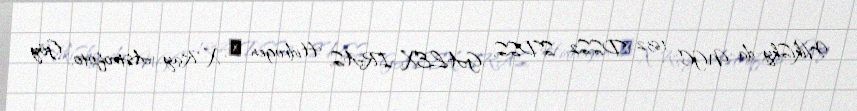
WikiSky-da NGC 1632: DSS2, SDSS, GALEX, IRAS, Hidrogen α, X-Ray, Astrofoto, Göy